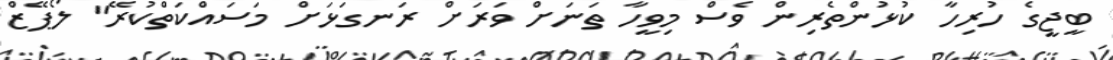
ބީޖީގެ ހުރިހާ ކުޅުންތެރިން ވެސް މިވީހާ ތަނަށް ވަރަށް ރަނގަޅަށް މަސައްކަތްކުރޭ" ލޯޕޭޒް